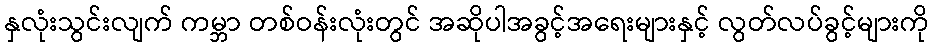
နှလုံးသွင်းလျက် ကမ္ဘာ တစ်ဝန်းလုံးတွင် အဆိုပါအခွင့်အရေးများနှင့် လွတ်လပ်ခွင့်များကို